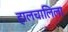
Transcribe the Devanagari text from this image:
हालचालिला